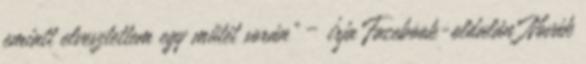
emiatt elvesztettem egy műtét során” – írja Facebook-oldalán Novák